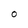
Character: 0